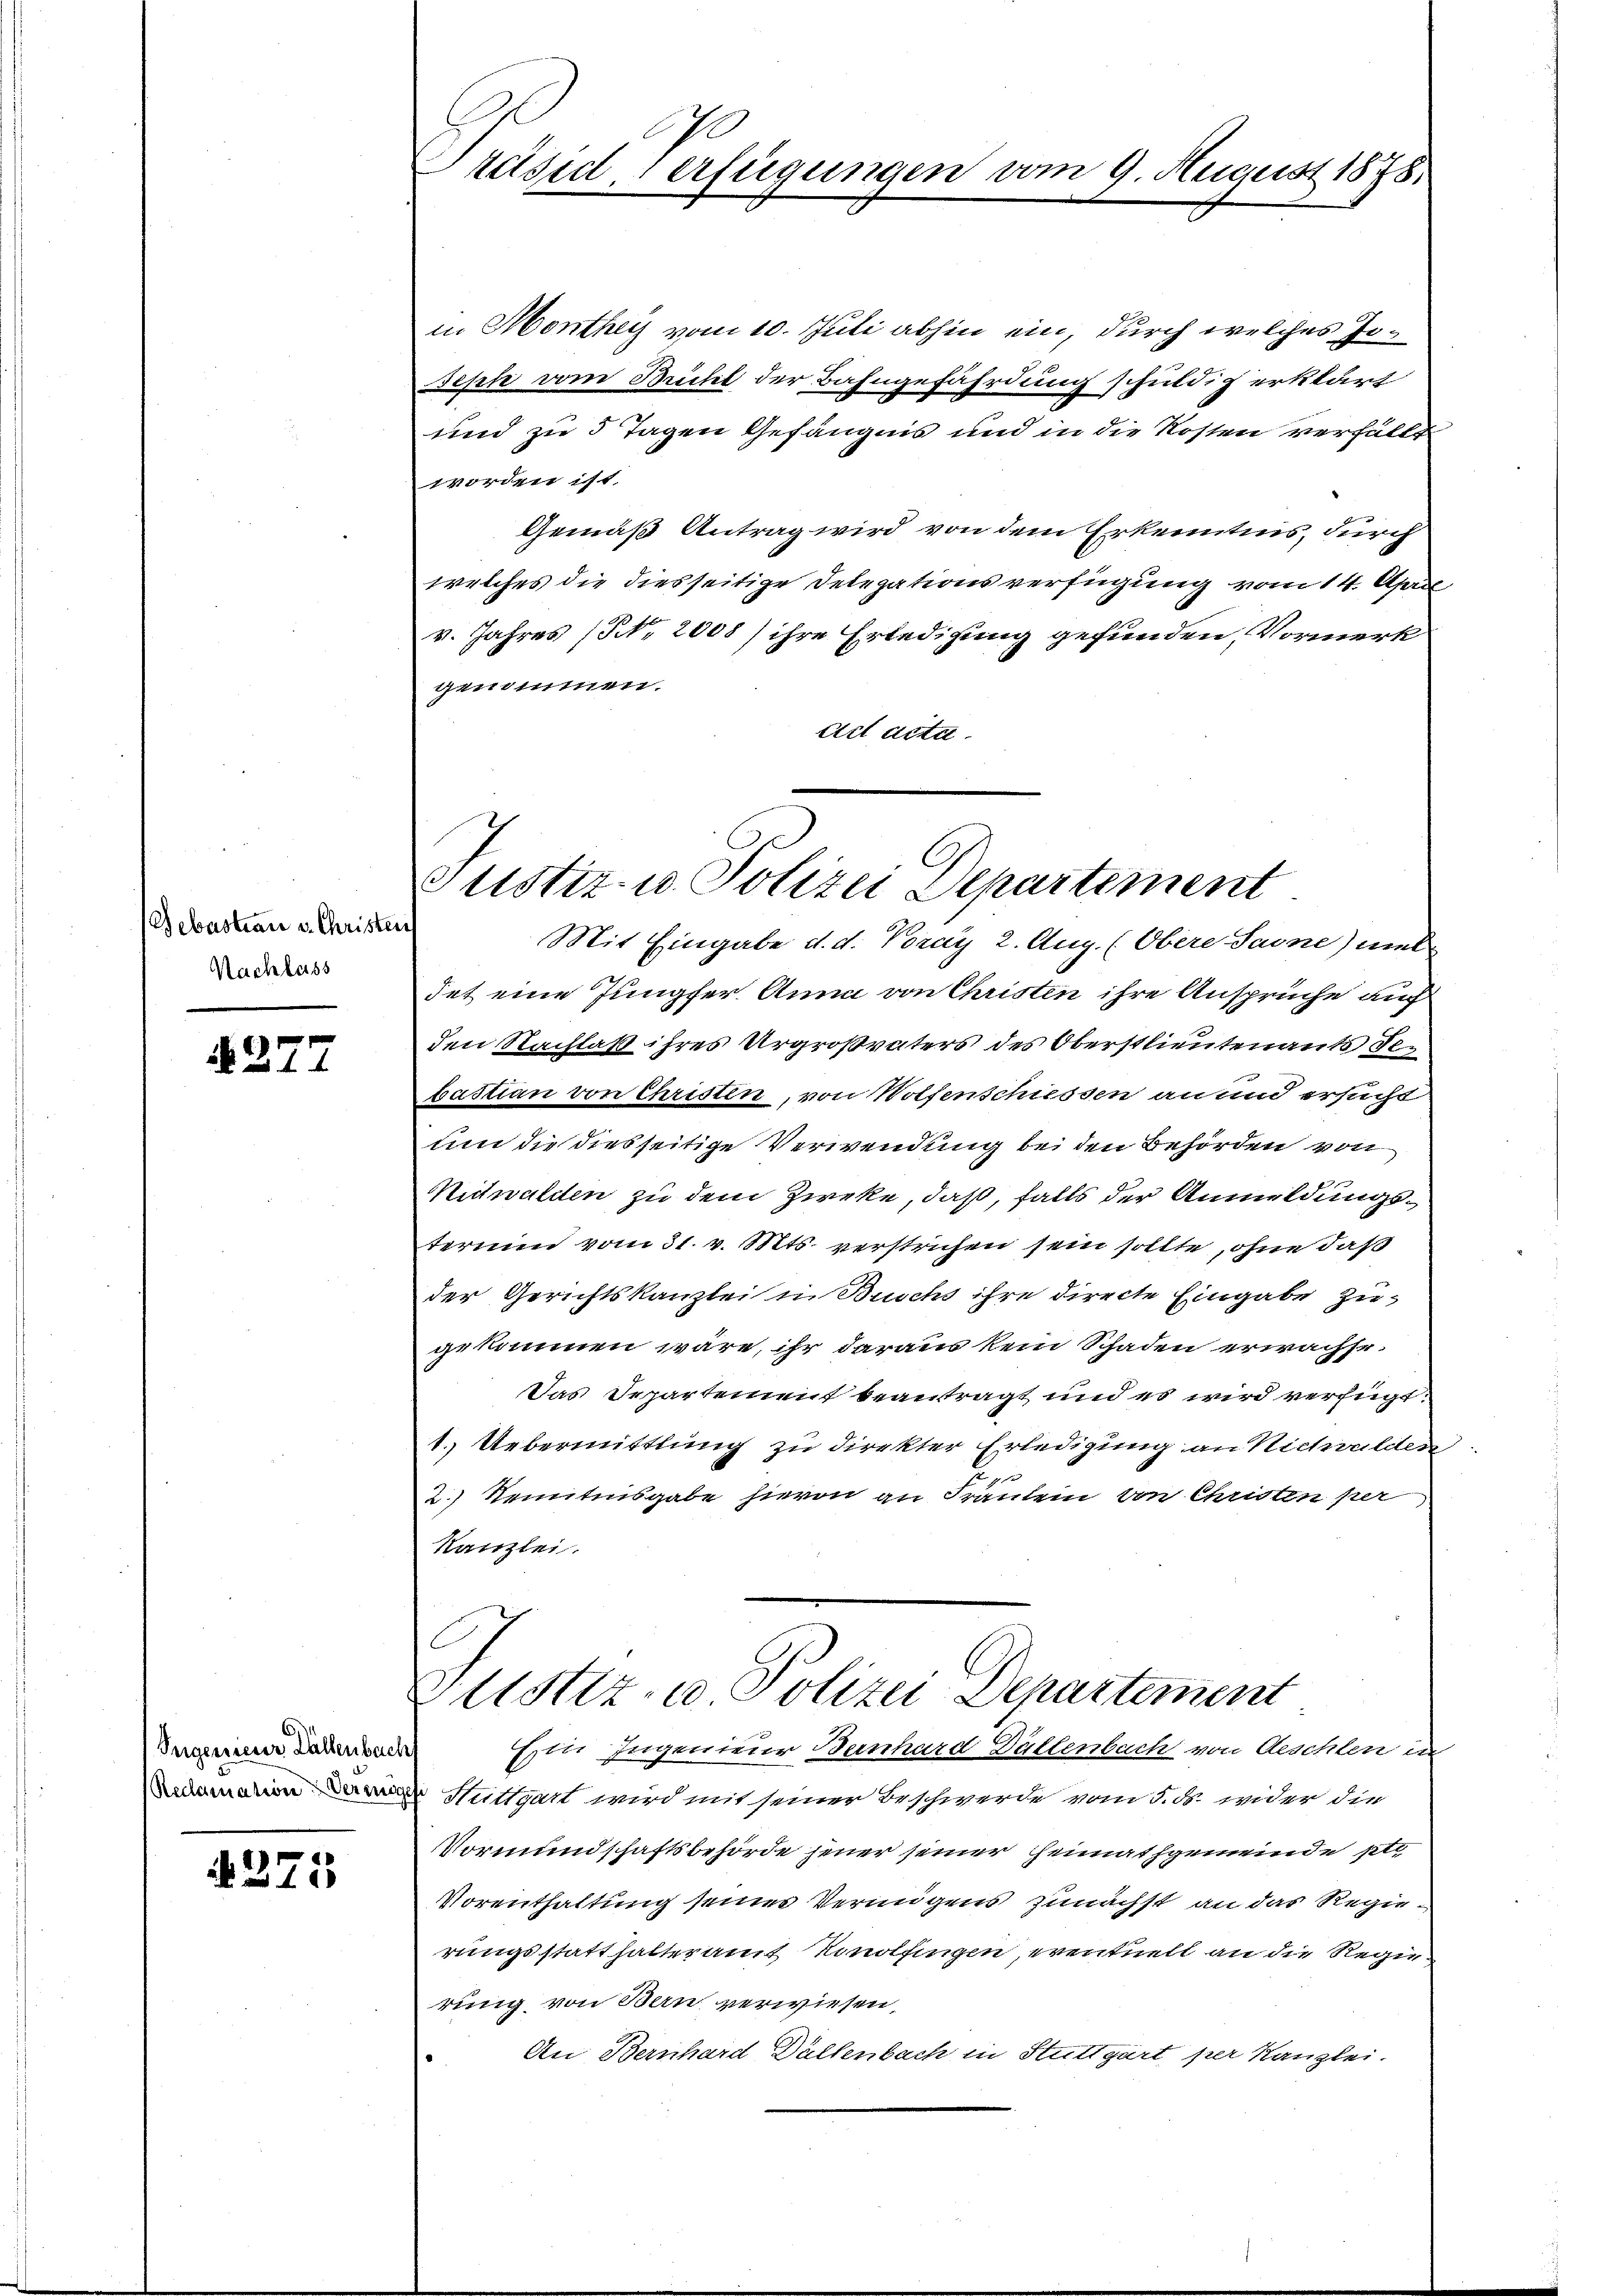
Sebastian v. Christen
Nachlass

277

Segenserer Fällenbachs
Reclamation Vermög

1275

Präsid. Verfügungen vom 9. August 1878.

in Monthey vom 10. Juli abhin ein, durch welches Josept vom Micht der Bahngefährdung schuldig erklärt
und zu 5 Tagen Gefängnis und in die Kosten verfällt
worden ist.
Gemäß Antrag wird von dem Erkenntnis, durch
welches die diesseitige Delegationsverfügung vom 14. April
v. Jahres (N. 2008) ihre Erledigung gefunden, Vormerk
genommen.
Act acta.

Justiz- u. Polizei Departement

Mit Eingabe d. d. Voray 2. Aug. (Obere Sarne) mel
det eine Jungfer Anna von Christen ihre Ansprüche auf
den Nachlaß ihres Urgroßvaters des Oberstlieutenant debastian von Christen, von Wolfenschiessen an und ersucht
um die diesseitige Verwendung bei den Behörden von
Nidwalden zu dem Zweke, daß, falls der Anmeldungsterium vom 31. v. Mts. verstrichen sein sollte, ohne daß
der Gerichtskanzlei in Buschs ihre directe Eingabe zugekommen wäre, ihr daraus kein Schaden erwachse.
Das Departement beantragt und es wird verfügt:
1. Uebermittlung zu direkter Erledigung an Nichwulden.
2.) Kenntnisgabe hievon an Fräulein von Christen per
Kanzlei.

Justiz- u. Polizei Departement

Ein Ingenieur Bernhard Dällenbach von Aeschlen in
 Stuttgart wird mit seiner Beschwerde vom 5. ds. wider die
Vormundschaftsbehörde jener seiner Heimathgemeinde ple
Vorenthaltung seiner Vermögens zunächst an das Regierungsstatthalteramt Konolfingen, eventuell an die Regierung von Bern verwiesen,
An Bernhard Dültenbach in Stuttgart per Kanzlei.